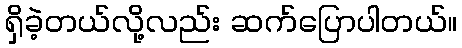
ရှိခဲ့တယ်လို့လည်း ဆက်ပြောပါတယ်။